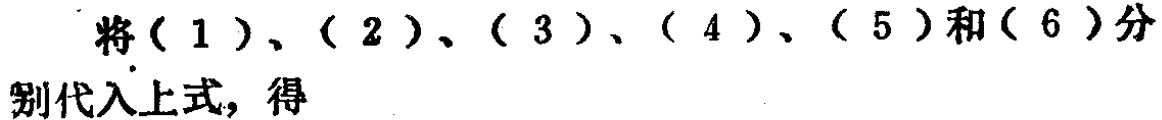
将（1）、（2）、（3）、（4）、（5）和（6）分别代入上式，得